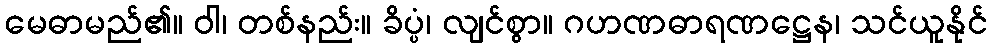
မေဓာမည်၏။ ဝါ၊ တစ်နည်း။ ခိပ္ပံ၊ လျင်စွာ။ ဂဟဏဓာရဏဋ္ဌေန၊ သင်ယူနိုင်